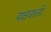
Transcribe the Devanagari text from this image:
वक्षवाली